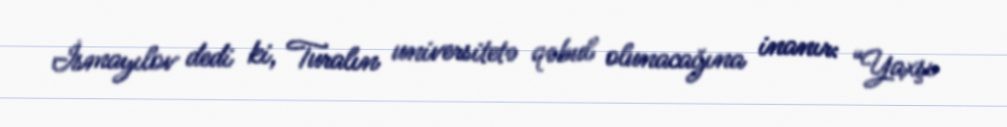
İsmayılov dedi ki, Turalın universitetə qəbul olunacağına inanır: “Yaxşı